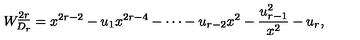
W _ { D _ { r } } ^ { \underline { { 2 r } } } = x ^ { 2 r - 2 } - u _ { 1 } x ^ { 2 r - 4 } - \cdots - u _ { r - 2 } x ^ { 2 } - { \frac { u _ { r - 1 } ^ { 2 } } { x ^ { 2 } } } - u _ { r } ,